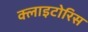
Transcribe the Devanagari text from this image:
क्लाइटोरिस